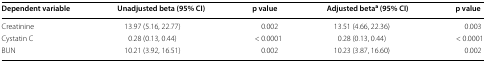
<table><thead><tr><td><b>Dependent variable</b></td><td><b>Unadjusted beta (95% CI)</b></td><td><b>p value</b></td><td><b>Adjusted beta<sup>a</sup> (95% CI)</b></td><td><b>p value</b></td></tr></thead><tbody><tr><td>Creatinine</td><td>13.97 (5.16, 22.77)</td><td>0.002</td><td>13.51 (4.66, 22.36)</td><td>0.003</td></tr><tr><td>Cystatin C</td><td>0.28 (0.13, 0.44)</td><td>&lt; 0.0001</td><td>0.28 (0.13, 0.44)</td><td>&lt; 0.0001</td></tr><tr><td>BUN</td><td>10.21 (3.92, 16.51)</td><td>0.002</td><td>10.23 (3.87, 16.60)</td><td>0.002</td></tr></tbody></table>